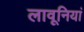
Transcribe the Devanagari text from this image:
लावूनियां